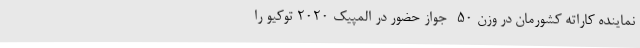
نماینده کاراته کشورمان در وزن ۵۰- جواز حضور در المپیک ۲۰۲۰ توکیو را